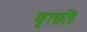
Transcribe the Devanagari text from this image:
वृत्तति